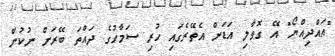
"އައްދިއްޔޯ" އޭ ގޮވާލި އަޑަށް އެތޭރެގައި ހުރި ސަމާހުގެ ދައްތަ ބޭރަށް ނުކުން